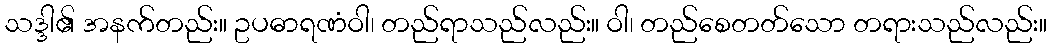
သဒ္ဒါ၏ အနက်တည်း။ ဥပဓာရဏံဝါ၊ တည်ရာသည်လည်း။ ဝါ၊ တည်စေတတ်သော တရားသည်လည်း။